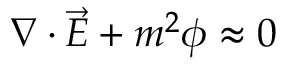
\nabla \cdot { \vec { E } } + m ^ { 2 } \phi \approx 0